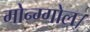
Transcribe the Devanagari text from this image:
मोन्ग्गोल।